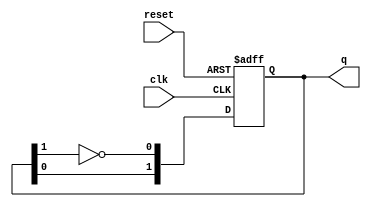
module johnson_counter #(
    parameter N = 2  // Parameter to set the number of flip-flops (N)
) (
    input wire clk,         // Clock signal
    input wire reset,       // Reset signal
    output reg [N-1:0] q    // Output state of the counter
);

    // Internal signal to hold the feedback for the first flip-flop
    wire feedback;

    // Feedback is the inverted value of the last flip-flop
    assign feedback = ~q[N-1];

    // Sequential logic to define the Johnson counter behavior
    always @(posedge clk or posedge reset) begin
        if (reset) begin
            // Reset state
            q <= {N{1'b0}}; // Set all bits to 0
        end else begin
            // Shift logic for Johnson counter
            q <= {q[N-2:0], feedback}; // Shift and insert feedback
        end
    end

endmodule